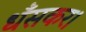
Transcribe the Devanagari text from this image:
धँसकर।